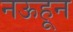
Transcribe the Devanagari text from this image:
नऊहून